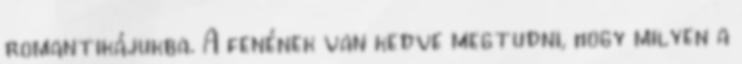
romantikájukba. A fenének van kedve megtudni, hogy milyen a